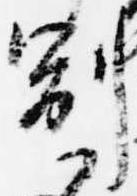
副